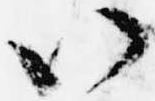
八